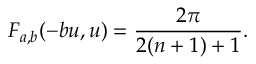
F _ { a , b } ( - b u , u ) = \frac { 2 \pi } { 2 ( n + 1 ) + 1 } .